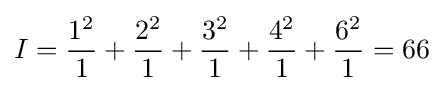
I={\frac {1^{2}}{1}}+{\frac {2^{2}}{1}}+{\frac {3^{2}}{1}}+{\frac {4^{2}}{1}}+{\frac {6^{2}}{1}}=66